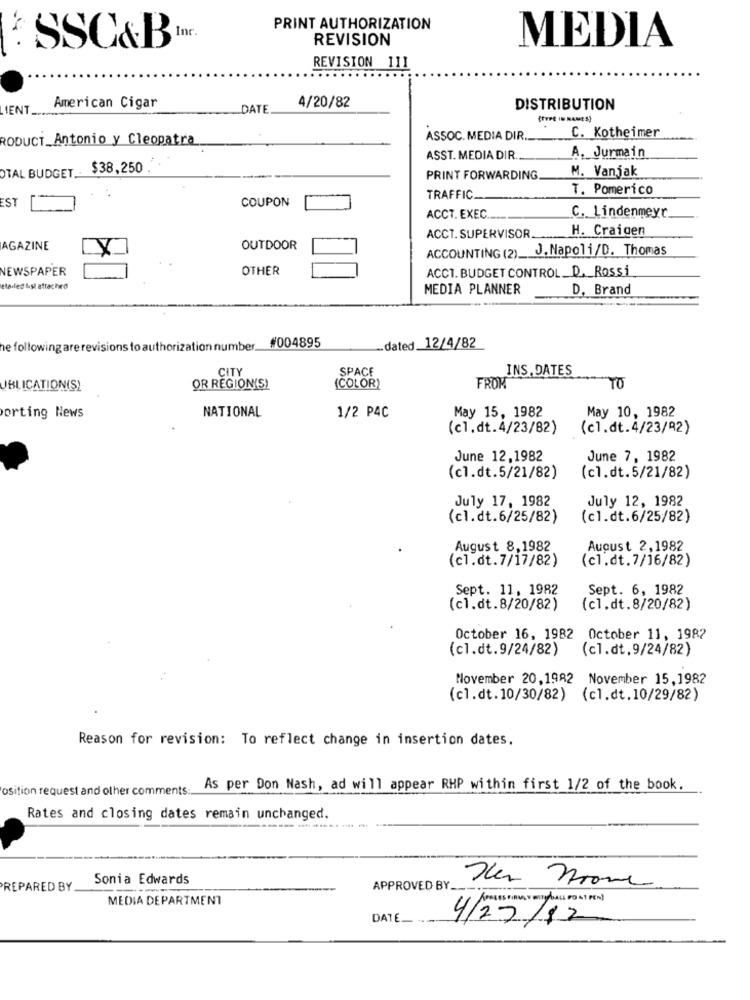
PRINT AUTHORIZATION
REVISION
MEDIA
SSC&B
REVISION 111
IENT.
American Cigar
DATE
4/20/82
DISTRIBUTION
(TYPE IN RAMES)
C. Kotheimer
RODUCT_Antonio y Cleopatra
ASSOC. MEDIA DIR.
ASST. MEDIA DIR.
A. Jurmain
OTAL BUDGET ..
$38,250
M. Vanjak
PRINT FORWARDING
T. Pomerico
EST
TRAFFIC
COUPON
C. Lindenmeyr
ACCT. EXEC.
H. Craigen
ACCT. SUPERVISOR.
AGAZINE
OUTDOOR
ACCOUNTING (2) __ J. Napoli/D. Thomas
NEWSPAPER
OTHER
ACCT. BUDGET CONTROL. D. Rossi
etailed lust attached
MEDIA PLANNER
D. Brand
he following are revisions to authorization number. #004895
-. dated 12/4/82
CITY
SPACE
INS, DATES
JBLICATION(S)
OR REGIONIS!
(COLOR)
FROM
TO
May 15, 1982
May 10, 1982
orting News
NATIONAL
1/2 PAC
(cl.dt.4/23/82)
(cl.dt.4/23/92)
June 12,1982
June 7, 1982
(cl.dt.5/21/82)
(cl.dt.5/21/82)
July 17, 1982
July 12, 1982
(cl.dt.6/25/82)
(cl.dt.6/25/82)
August 8,1982
August 2,1982
(cl.dt.7/17/82)
(cl.dt.7/16/82)
Sept. 11, 1982
Sept. 6, 1982
(cl.dt.8/20/82)
(cl.dt.8/20/82)
October 16, 1982 October 11, 1982
(cl.dt.9/24/82)
(cl.dt.9/24/82)
November 20,1982 November 15,1982
(cl.dt.10/30/82) (cl.dt.10/29/82)
Reason for revision: To reflect change in insertion dates,
osition request and other comments
As per Don Nash, ad will appear RHP within first 1/2 of the book.
Rates and closing dates remain unchanged.
------- -
Sonia Edwards
PREPARED BY
APPROVED BY_
MEDIA DEPARTMENT
DATE __
/12